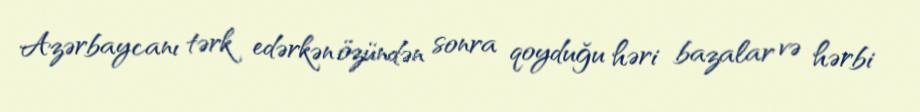
Azərbaycanı tərk edərkən özündən sonra qoyduğu həri bazalar və hərbi